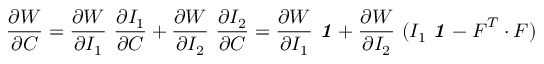
{ \frac { \partial W } { \partial { \boldsymbol { C } } } } = { \frac { \partial W } { \partial I _ { 1 } } } ~ { \frac { \partial I _ { 1 } } { \partial { \boldsymbol { C } } } } + { \frac { \partial W } { \partial I _ { 2 } } } ~ { \frac { \partial I _ { 2 } } { \partial { \boldsymbol { C } } } } = { \frac { \partial W } { \partial I _ { 1 } } } ~ { \boldsymbol { \mathit { 1 } } } + { \frac { \partial W } { \partial I _ { 2 } } } ~ ( I _ { 1 } ~ { \boldsymbol { \mathit { 1 } } } - { \boldsymbol { F } } ^ { T } \cdot { \boldsymbol { F } } )